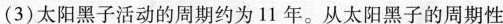
(3)太阳黑子活动的周期约为11年。从太阳黑子的周期性